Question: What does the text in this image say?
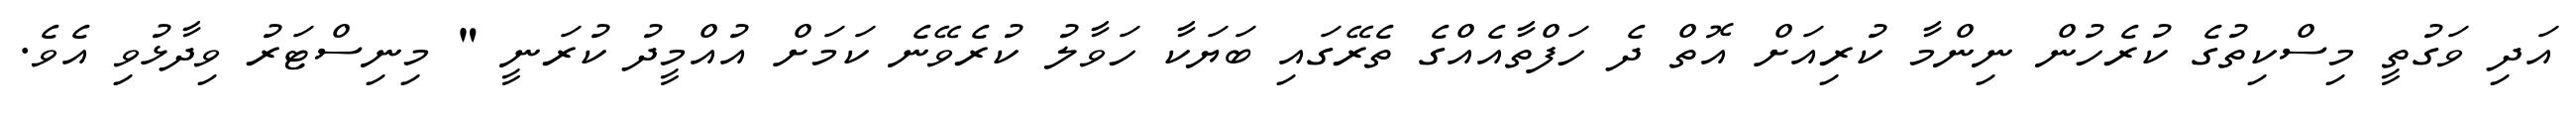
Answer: އަދި ވަގުތީ މިސްކިތުގެ ކުރެހުން ނިންމާ ކުރިއަށް އޮތް ދެ ހަފްތާއެއްގެ ތެރޭގައި ބަޔަކާ ހަވާލު ކުރެވޭނެ ކަމަށް އުއްމީދު ކުރަނީ " މިނިސްޓަރު ވިދާޅުވި އެވެ.